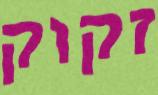
זקוק